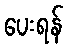
ပေးရန်